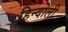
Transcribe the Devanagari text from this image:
हिन्दोली